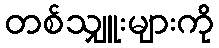
တစ်သျှူးများကို